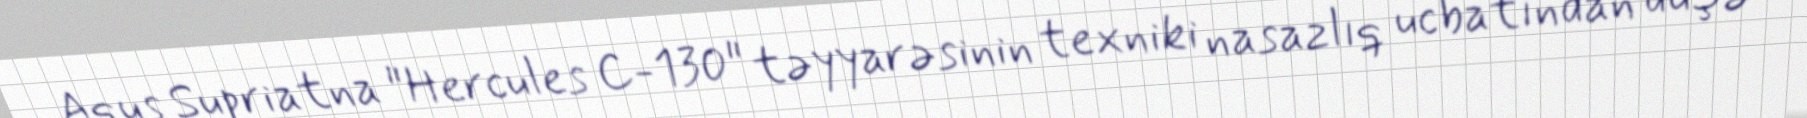
Aqus Supriatna "Hercules C-130" təyyarəsinin texniki nasazlıq ucbatından düşə